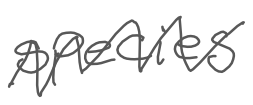
Text: species
Cross-out: mix
Writing tool: digital_gray